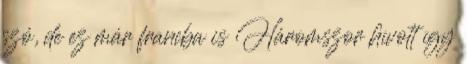
szó, de ez már francba is Háromszor hívott így